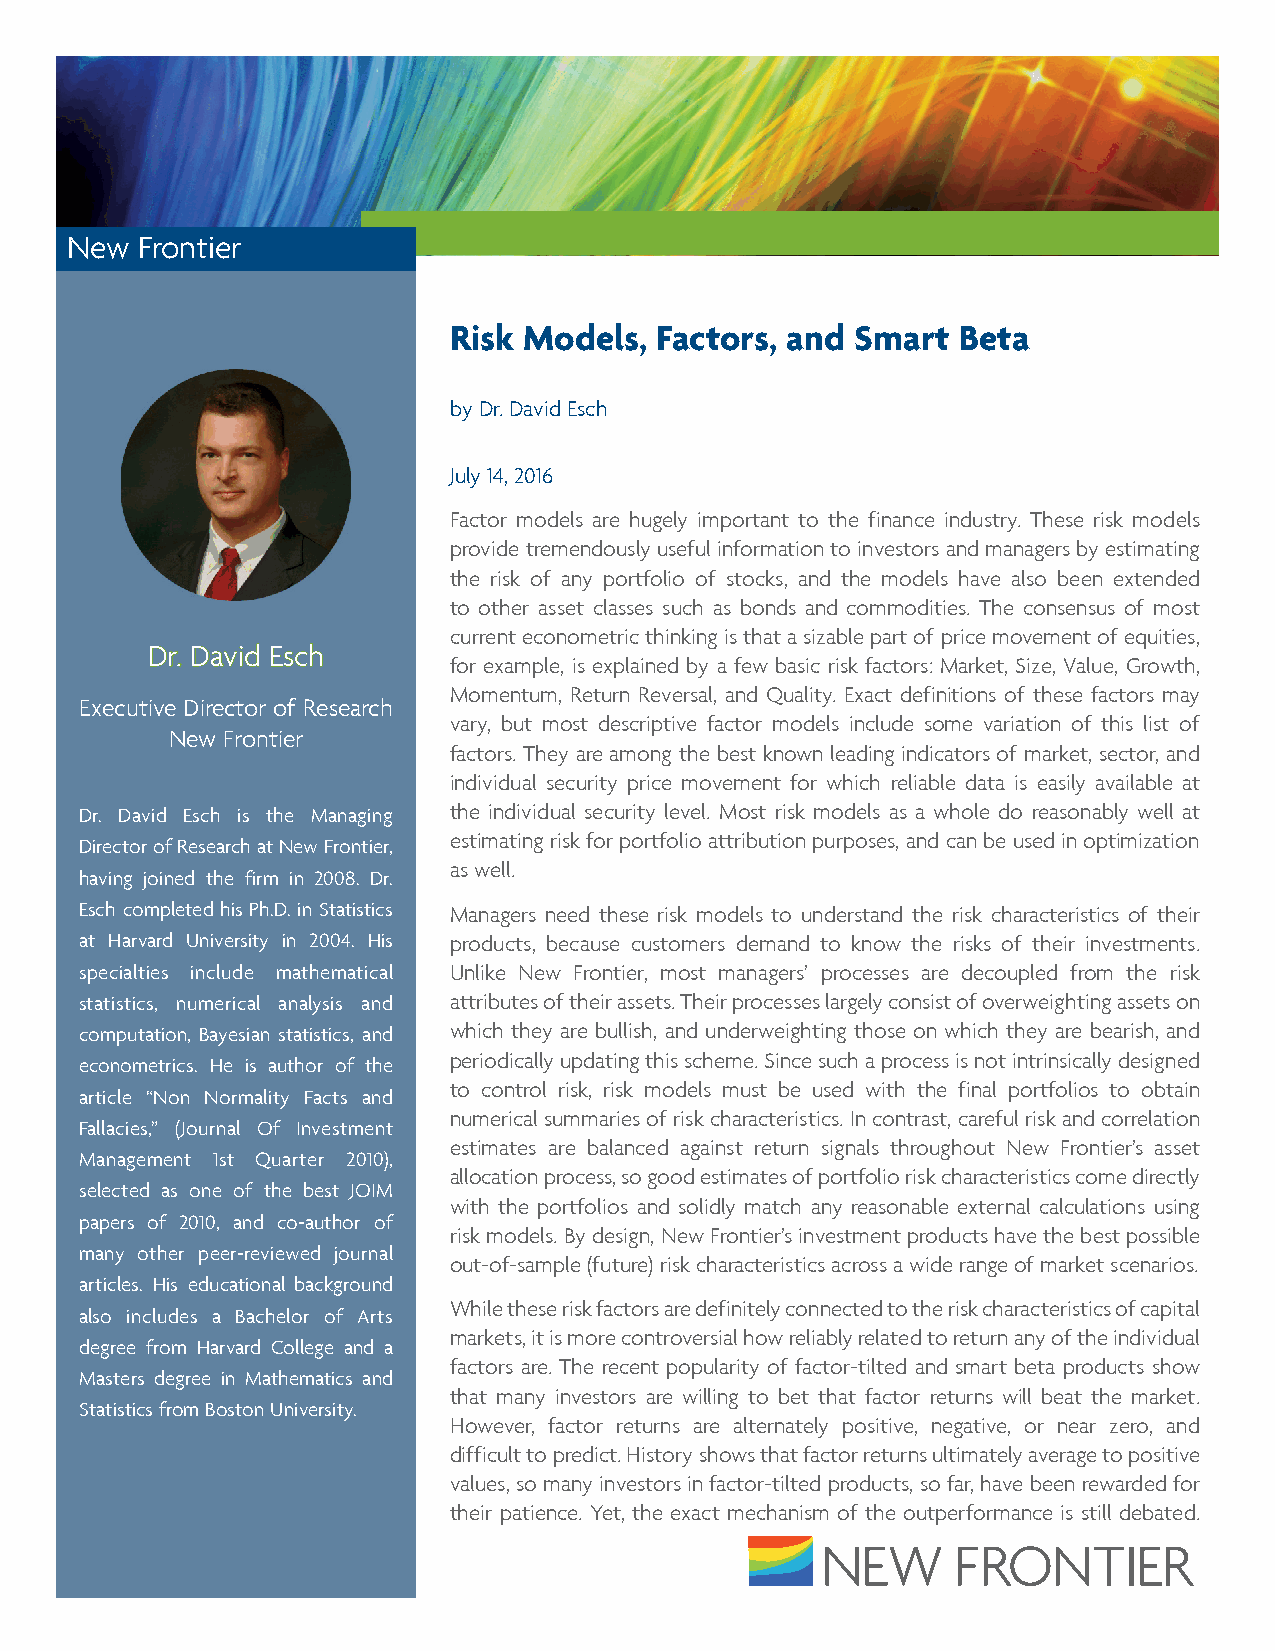
New  Frontier
 Risk Models, Factors, and  Smart Beta
 by Dr. David Esch
 July 14, 2016
 Factor models are hugely important to the finance industry. These risk models
 provide tremendously useful information to investors and managers by estimating
 the risk of any portfolio of stocks, and the models have also been extended
 to other asset classes such as bonds and commodities. The consensus of most
 current econometric thinking is that a sizable part of price movement of equities,
 Dr. David Esch
 for example, is explained by a few basic risk factors: Market, Size, Value, Growth,
 Momentum, Return Reversal, and Quality. Exact definitions of these factors may
 Executive Director of Research
 vary, but most descriptive factor models include some variation of this list of
 New Frontier
 factors. They are among the best known leading indicators of market, sector, and
 individual security price movement for which reliable data is easily available at
 Dr. David Esch is the Managing the individual security level. Most risk models as a whole do reasonably well at
 estimating risk for portfolio attribution purposes, and can be used in optimization
 Director of Research at New Frontier,
 as well.
 having joined the firm in 2008. Dr.
 Esch completed his Ph.D. in Statistics Managers need these risk models to understand the risk characteristics of their
 at Harvard University in 2004. His products, because customers demand to know the risks of their investments.
 specialties include mathematical Unlike New Frontier, most managers’ processes are decoupled from the risk
 statistics, numerical analysis and attributes of their assets. Their processes largely consist of overweighting assets on
 computation, Bayesian statistics, and which they are bullish, and underweighting those on which they are bearish, and
 periodically updating this scheme. Since such a process is not intrinsically designed
 econometrics. He is author of the
 to control risk, risk models must be used with the final portfolios to obtain
 article “Non Normality Facts and
 numerical summaries of risk characteristics. In contrast, careful risk and correlation
 Fallacies,” (Journal Of Investment
 estimates are balanced against return signals throughout New Frontier’s asset
 Management 1st Quarter 2010),
 allocation process, so good estimates of portfolio risk characteristics come directly
 selected as one of the best JOIM
 with the portfolios and solidly match any reasonable external calculations using
 papers of 2010, and co-author of
 risk models. By design, New Frontier’s investment products have the best possible
 many other peer-reviewed journal
 out-of-sample (future) risk characteristics across a wide range of market scenarios.
 articles. His educational background
 While these risk factors are definitely connected to the risk characteristics of capital
 also includes a Bachelor of Arts
 markets, it is more controversial how reliably related to return any of the individual
 degree from Harvard College and a
 factors are. The recent popularity of factor-tilted and smart beta products show
 Masters degree in Mathematics and
 that many investors are willing to bet that factor returns will beat the market.
 Statistics from Boston University.
 However, factor returns are alternately positive, negative, or near zero, and
 difficult to predict. History shows that factor returns ultimately average to positive
 values, so many investors in factor-tilted products, so far, have been rewarded for
 their patience. Yet, the exact mechanism of the outperformance is still debated.